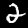
Label: 2